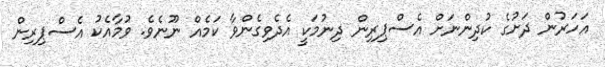
އަހަރުން ދަށުގެ ކުދިންނަށް އެސްޕިރިން ދިނުމަކީ އެދެވިގެންވާ ކަމެއް ނޫނެވެ. ވުމާއެކު އެސްޕިރިން